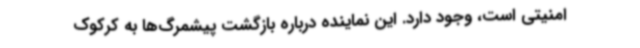
امنیتی است، وجود دارد. این نماینده درباره بازگشت پیشمرگ‌ها به کرکوک